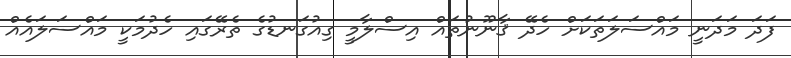
ފަދަ މަދަނީ މައްސަލަތަކަށް ހެދޭ ޤާނޫނުތައް އިސްލާމީ ގިއުގަނޑުގެ ތެރޭގައި ހެދުމަކީ މައްސަލައެއް